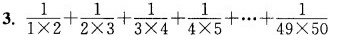
3. $$\frac{1}{1 \times 2}+ \frac{1}{2 \times 3}+ \frac{1}{3 \times 4}+ \frac{1}{4 \times 5}+ \cdots + \frac{1}{49 \times 50}$$